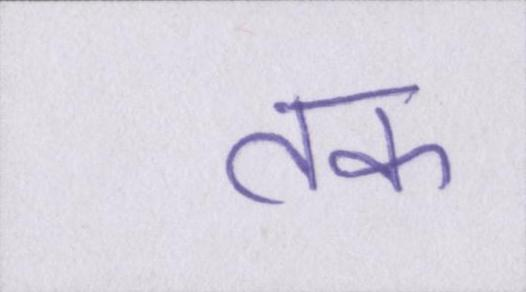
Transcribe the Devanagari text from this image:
तक